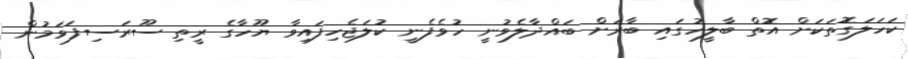
ކަހަލަގޮތަކަށް އޮތް ބާލީހުގައި ބާރަށް ބައްދާލެވުނީ ހުވެފެނީ ކުލަޖެހިފައިވާ ޔޫހާގެ ރީތި ސޫރަސިފަވަމުން